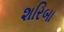
શરિબા